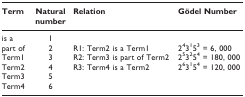
| Term | Natural number | Relation | Gödel Number |
 | --- | --- | --- | --- |
 | is a | 1 |  |  |
 | part of | 2 | R1: Term2 is a Term1 | 243153 = 6, 000 |
 | Term1 | 3 | R2: Term3 is part of Term2 | 253254 = 180, 000 |
 | Term2 | 4 | R3: Term4 is a Term2 | 263154 = 120, 000 |
 | Term3 | 5 |  |  |
 | Term4 | 6 |  |  |